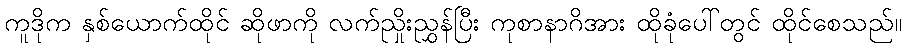
ကူဒိုက နှစ်ယောက်ထိုင် ဆိုဖာကို လက်ညှိုးညွှန်ပြီး ကုစာနာဂိအား ထိုခုံပေါ်တွင် ထိုင်စေသည်။